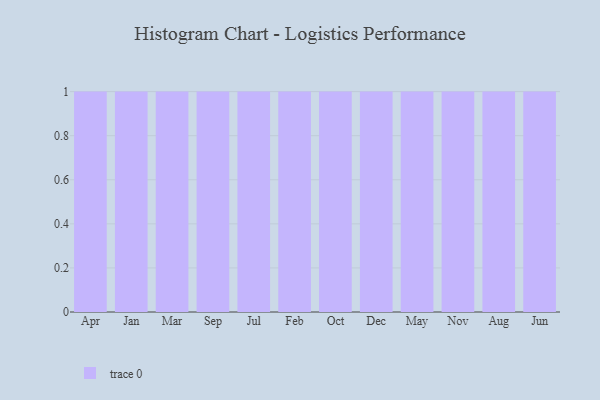
{"axis": {"x": "Month", "y": "Churn Rate (%)"}, "legend": [""], "data": [{"x": "Apr", "y": 36, "type": ""}, {"x": "Jan", "y": 17, "type": ""}, {"x": "Mar", "y": 42, "type": ""}, {"x": "Sep", "y": 34, "type": ""}, {"x": "Jul", "y": 61, "type": ""}, {"x": "Feb", "y": 86, "type": ""}, {"x": "Oct", "y": 62, "type": ""}, {"x": "Dec", "y": 14, "type": ""}, {"x": "May", "y": 57, "type": ""}, {"x": "Nov", "y": 72, "type": ""}, {"x": "Aug", "y": 53, "type": ""}, {"x": "Jun", "y": 26, "type": ""}]}